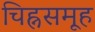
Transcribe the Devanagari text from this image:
चिह्नसमूह